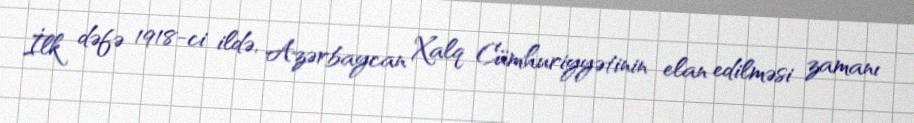
İlk dəfə 1918-ci ildə, Azərbaycan Xalq Cümhuriyyətinin elan edilməsi zamanı